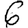
Digit: 6